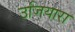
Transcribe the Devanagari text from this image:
उजियारा